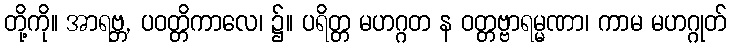
တို့ကို။ အာရဗ္ဘ, ပဝတ္တိကာလေ၊ ၌။ ပရိတ္တ မဟဂ္ဂတ န ဝတ္တဗ္ဗာရမ္မဏာ၊ ကာမ မဟဂ္ဂုတ်